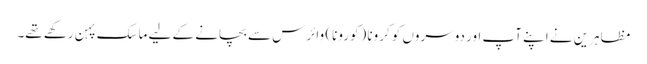
مظاہرین نے اپنے آپ اور دوسروں کو کرونا (کورونا) وائرس سے بچانے کے لیے ماسک پہن رکھے تھے۔